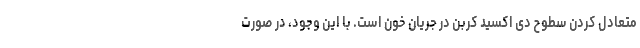
متعادل کردن سطوح دی اکسید کربن در جریان خون است. با این وجود، در صورت